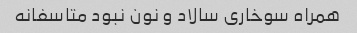
همراه سوخاری سالاد و نون نبود متاسفانه